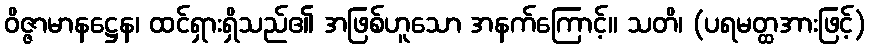
ဝိဇ္ဇာမာနဋ္ဌေန၊ ထင်ရှားရှိသည်၏ အဖြစ်ဟူသော အနက်ကြောင့်။ သတိ၊ (ပရမတ္ထအားဖြင့်)